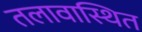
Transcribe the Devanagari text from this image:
तलावास्थित